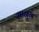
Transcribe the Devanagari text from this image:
सानुग